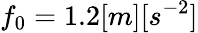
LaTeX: f_{0}=1.2[m][s^{-2}]